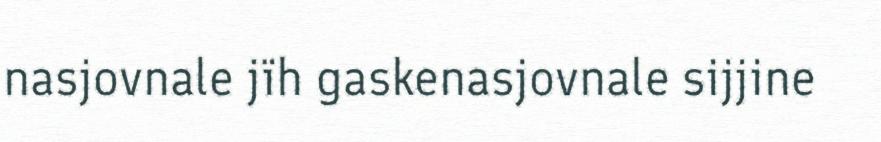
nasjovnale jïh gaskenasjovnale sijjine